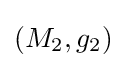
(M_{2},g_{2})